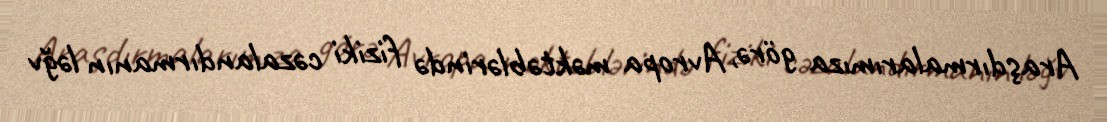
Araşdırmalarımıza görə, Avropa məktəblərində fiziki cəzalandırmanın ləğv